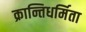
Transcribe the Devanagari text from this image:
क्रान्तिधर्मिता